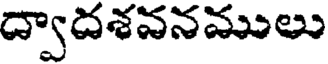
ద్వాదశవనములు